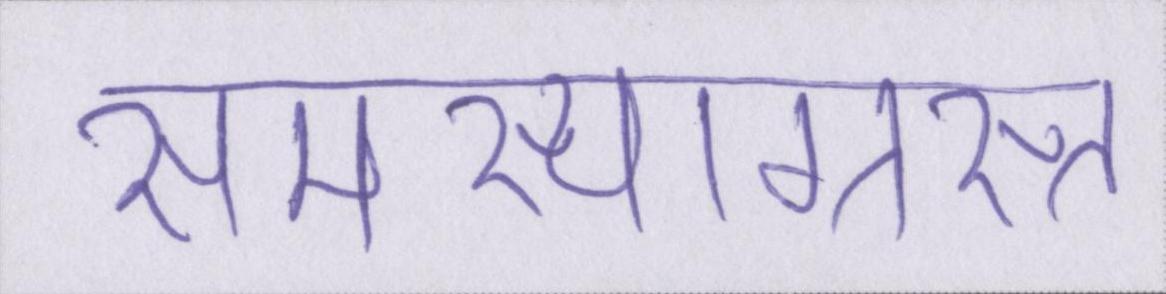
समस्याग्रस्त